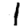
Digit: 1